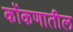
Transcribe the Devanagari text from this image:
कोंकणातील